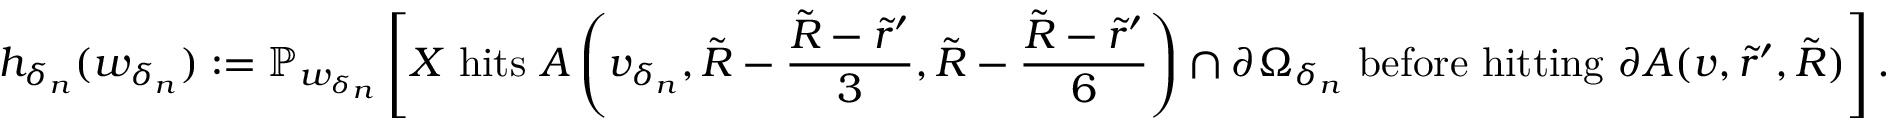
h _ { \delta _ { n } } ( w _ { \delta _ { n } } ) : = \mathbb { P } _ { w _ { \delta _ { n } } } \left[ X \mathrm { ~ h i t s ~ } A \left( v _ { \delta _ { n } } , \tilde { R } - \frac { \tilde { R } - \tilde { r } ^ { \prime } } { 3 } , \tilde { R } - \frac { \tilde { R } - \tilde { r } ^ { \prime } } { 6 } \right) \cap \partial \Omega _ { \delta _ { n } } \mathrm { ~ b e f o r e ~ h i t t i n g ~ } \partial A ( v , \tilde { r } ^ { \prime } , \tilde { R } ) \right] .